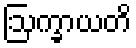
ဩက္ခာယတိ